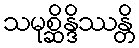
သမုစ္ဆိန္ဒိဿန္တိ